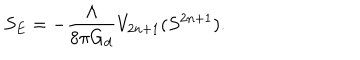
LaTeX: S _ { E } = - \frac { \Lambda } { 8 \pi G _ { d } } V _ { 2 n + 1 } ( S ^ { 2 n + 1 } ) .